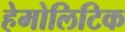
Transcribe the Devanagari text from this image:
हेमोलिटिक